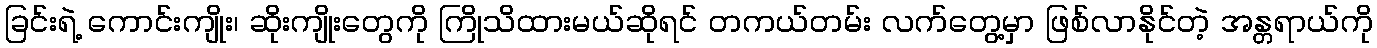
ခြင်းရဲ့ ကောင်းကျိုး၊ ဆိုးကျိုးတွေကို ကြိုသိထားမယ်ဆိုရင် တကယ်တမ်း လက်တွေ့မှာ ဖြစ်လာနိုင်တဲ့ အန္တရာယ်ကို